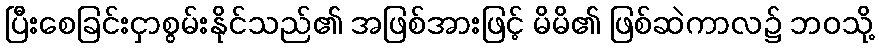
ပြီးစေခြင်းငှာစွမ်းနိုင်သည်၏ အဖြစ်အားဖြင့် မိမိ၏ ဖြစ်ဆဲကာလ၌ ဘဝသို့